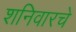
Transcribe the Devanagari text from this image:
शनिवारचे